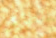
للطابق